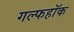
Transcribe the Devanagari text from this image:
गल्फहॉक